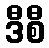
ဒီစီ